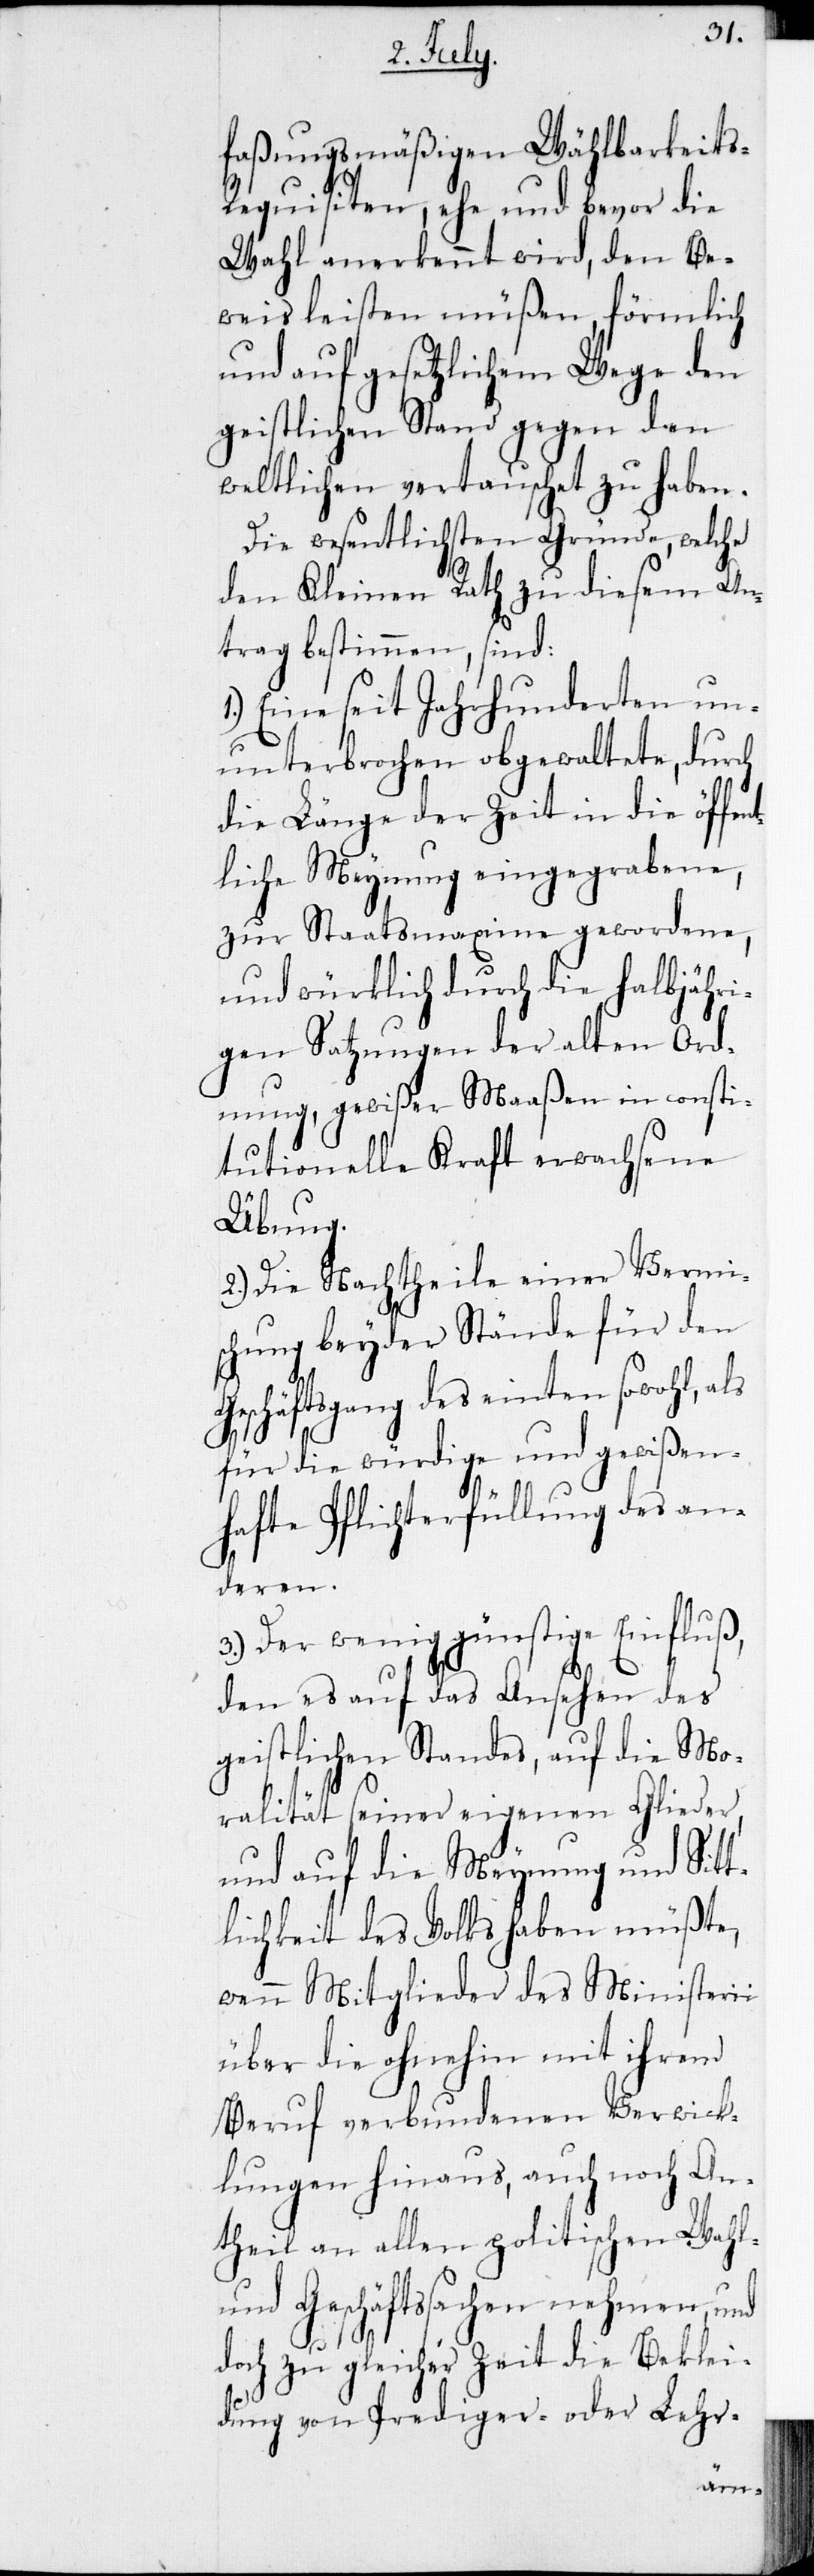
G¬
faßungsmäßigen Wählbarkeit¬
s-Requisiten, ehe und bevor die
Wahl anerkannt wird, den Be¬
weis leisten müßen, förmlich
und auf gesetzlichem Wegen den
geistlichen Stand gegen den
weltlichen vertauscht zu haben.
Die wesentlichen Gründe, welche
den Kleinen Rath zu
trag bestimmen, sind.
1.) Eine seit Jahrhunderten un¬
unterbrochen obgewaltete, durch
die Länge der Zeit in die öffen¬
tliche Meynung eingegrabene,
zur Staatsmaxime gewordene,
und würklich durch die halbjähri¬
gen Satzungen der alten Ord¬
nung, gewißer Maaßen in consti¬
tutionelle Kraft erwachsene
Übung.
2.) Die Nachtheile einer Vermis¬
chung beyder Stände für den
eschäftsgang des einten sowohl,
für die würdige und gewißen¬
hafte Pflichterfüllung des an¬
deren.
3.) Der wenig günstige Einfluß,
den es auf das Ansehen des
geistlichen Standes, auf die Mo¬
ralität seiner eigenen Glieder
und auf die Meynung und Sit¬
tlichkeit des Volks haben müßte,
wann Mitglieder des Ministerii
über die ohnehin mit ihrem
Beruf verbundenen Verwick¬
lungen hinaus, auch noch An¬
theil an allen politischen Wahl-
und Geschäftssachen nehmen, und
doch zu gleicher Zeit die Beklei¬
dung von Prediger- oder Lehr-
An¬